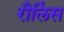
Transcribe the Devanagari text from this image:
रौलिंस